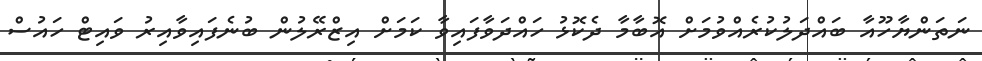
ނަތަންޔާހޫއާ ބައްދަލުކުރެއްވުމަށް އޮބާމާ ދެކޮޅު ހައްދަވާފައިވާ ކަމަށް އިޒްރޭލުން ބުނެފައިވާއިރު ވައިޓް ހައުސް